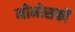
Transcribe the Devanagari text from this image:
मीमोसकों